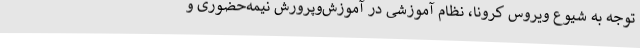
توجه به شیوع ویروس کرونا، نظام آموزشی در آموزش‌وپرورش نیمه‌حضوری و